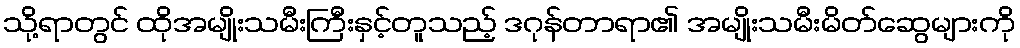
သို့ရာတွင် ထိုအမျိုးသမီးကြီးနှင့်တူသည့် ဒဂုန်တာရာ၏ အမျိုးသမီးမိတ်ဆွေများကို